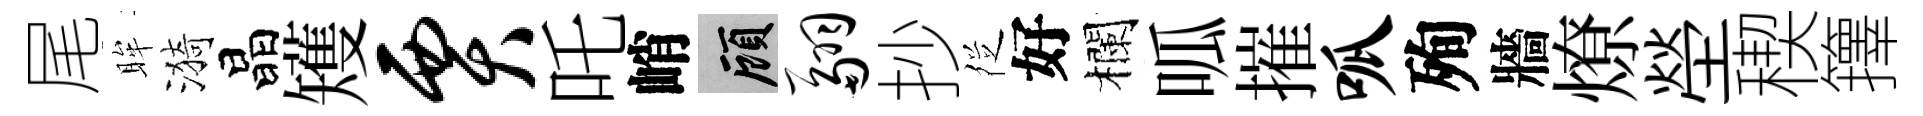
尾眸漪晶矱贾吒峭顧翮抄徔好欄呱摧呱殉牆燎塋稧籜